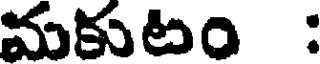
మకుటం :